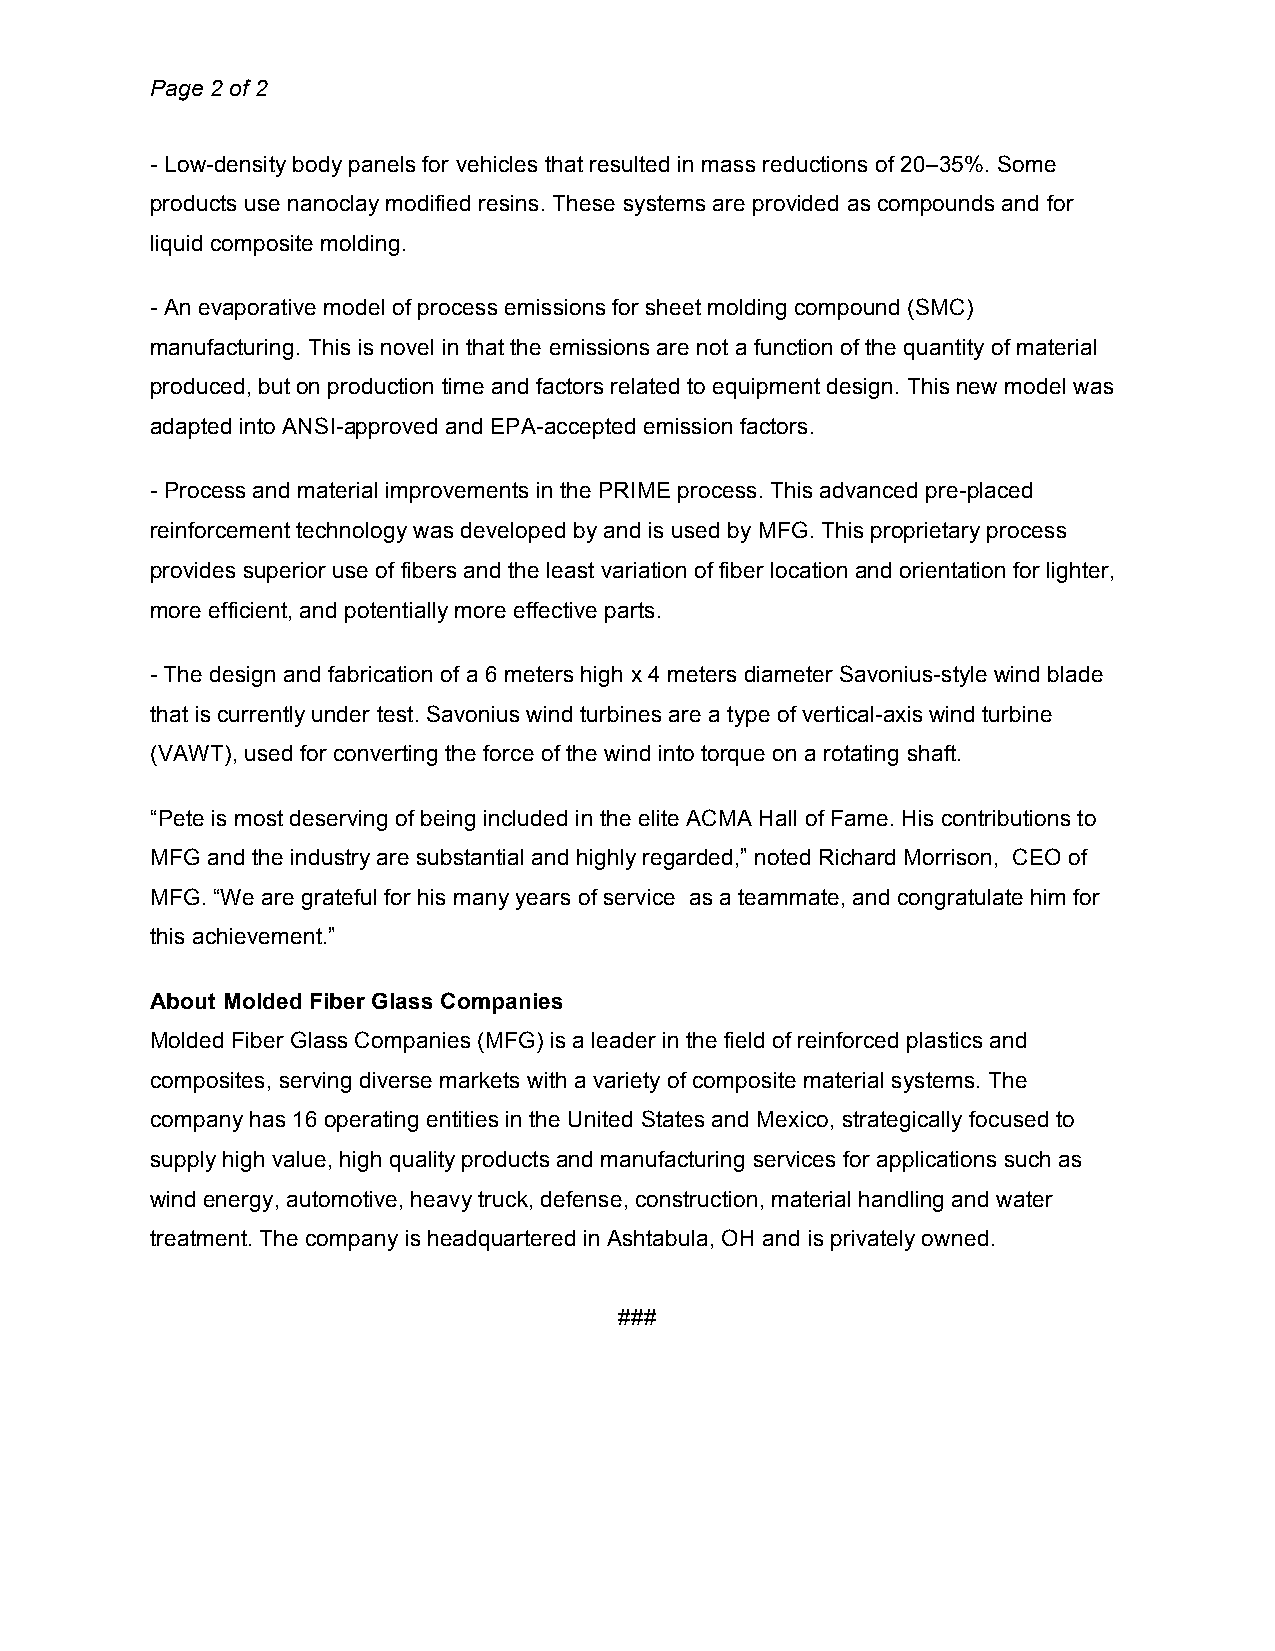
Page 2 of 2
 - Low-density body panels for vehicles that resulted in mass reductions of 20–35%. Some
 products use nanoclay modified resins. These systems are provided as compounds and for
 liquid composite molding.
 - An evaporative model of process emissions for sheet molding compound (SMC)
 manufacturing. This is novel in that the emissions are not a function of the quantity of material
 produced, but on production time and factors related to equipment design. This new model was
 adapted into ANSI-approved and EPA-accepted emission factors.
 - Process and material improvements in the PRIME process. This advanced pre-placed
 reinforcement technology was developed by and is used by MFG. This proprietary process
 provides superior use of fibers and the least variation of fiber location and orientation for lighter,
 more efficient, and potentially more effective parts.
 - The design and fabrication of a 6 meters high x 4 meters diameter Savonius-style wind blade
 that is currently under test. Savonius wind turbines are a type of vertical-axis wind turbine
 (VAWT), used for converting the force of the wind into torque on a rotating shaft.
 “Pete is most deserving of being included in the elite ACMA Hall of Fame. His contributions to
 MFG and the industry are substantial and highly regarded,” noted Richard Morrison, CEO of
 MFG. “We are grateful for his many years of service as a teammate, and congratulate him for
 this achievement.”
 About Molded Fiber Glass Companies
 Molded Fiber Glass Companies (MFG) is a leader in the field of reinforced plastics and
 composites, serving diverse markets with a variety of composite material systems. The
 company has 16 operating entities in the United States and Mexico, strategically focused to
 supply high value, high quality products and manufacturing services for applications such as
 wind energy, automotive, heavy truck, defense, construction, material handling and water
 treatment. The company is headquartered in Ashtabula, OH and is privately owned.
 ###